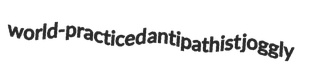
world-practiced antipathist joggly